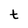
Character: t